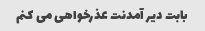
بابت دیر آمدنت عذرخواهی می کنم